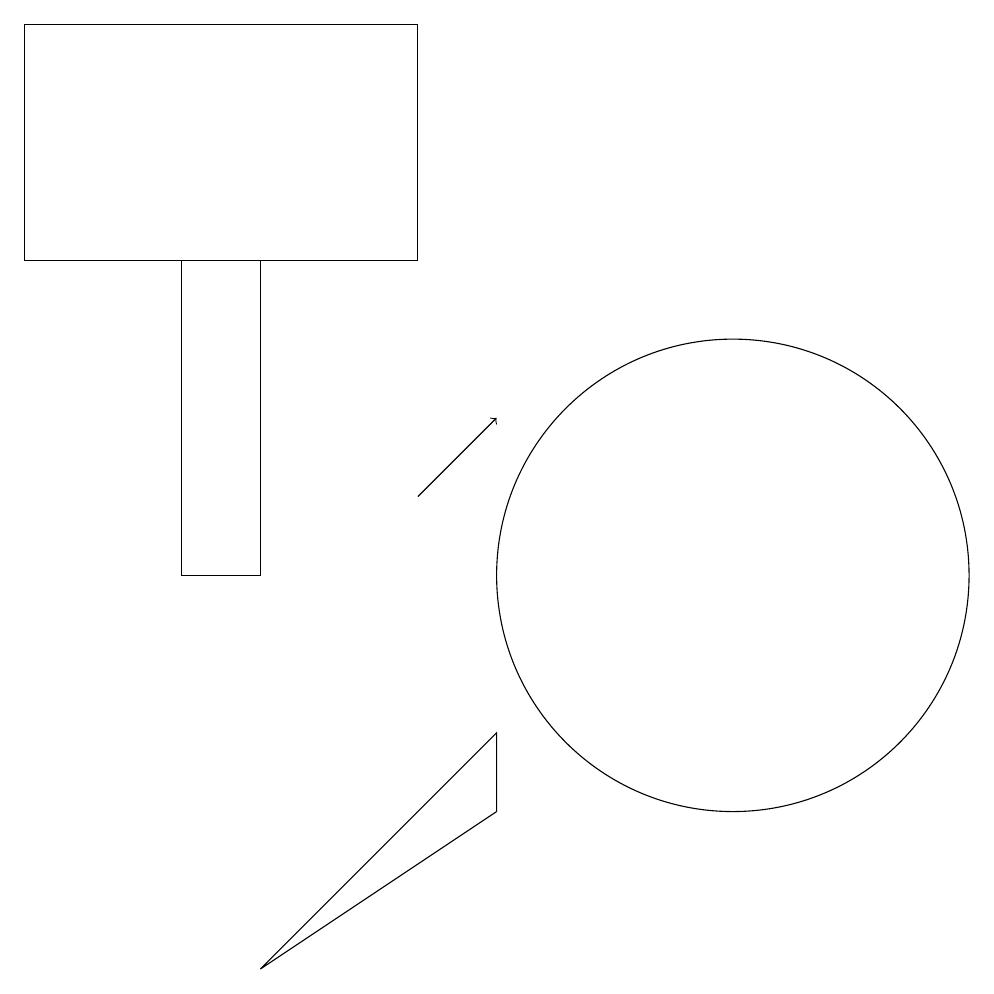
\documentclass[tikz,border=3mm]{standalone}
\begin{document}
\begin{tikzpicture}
\draw (5,14) rectangle (4,10);
\draw (5,5) -- (8,7) -- (8,8) -- cycle;
\draw (2,17) rectangle (7,14);
\draw (11,10) circle (3);
\draw[->] (7,11) -- (8,12);
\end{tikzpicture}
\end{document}